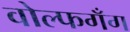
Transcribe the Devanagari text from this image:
वोल्फगँग